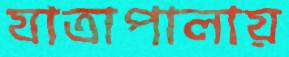
যাত্রাপালায়